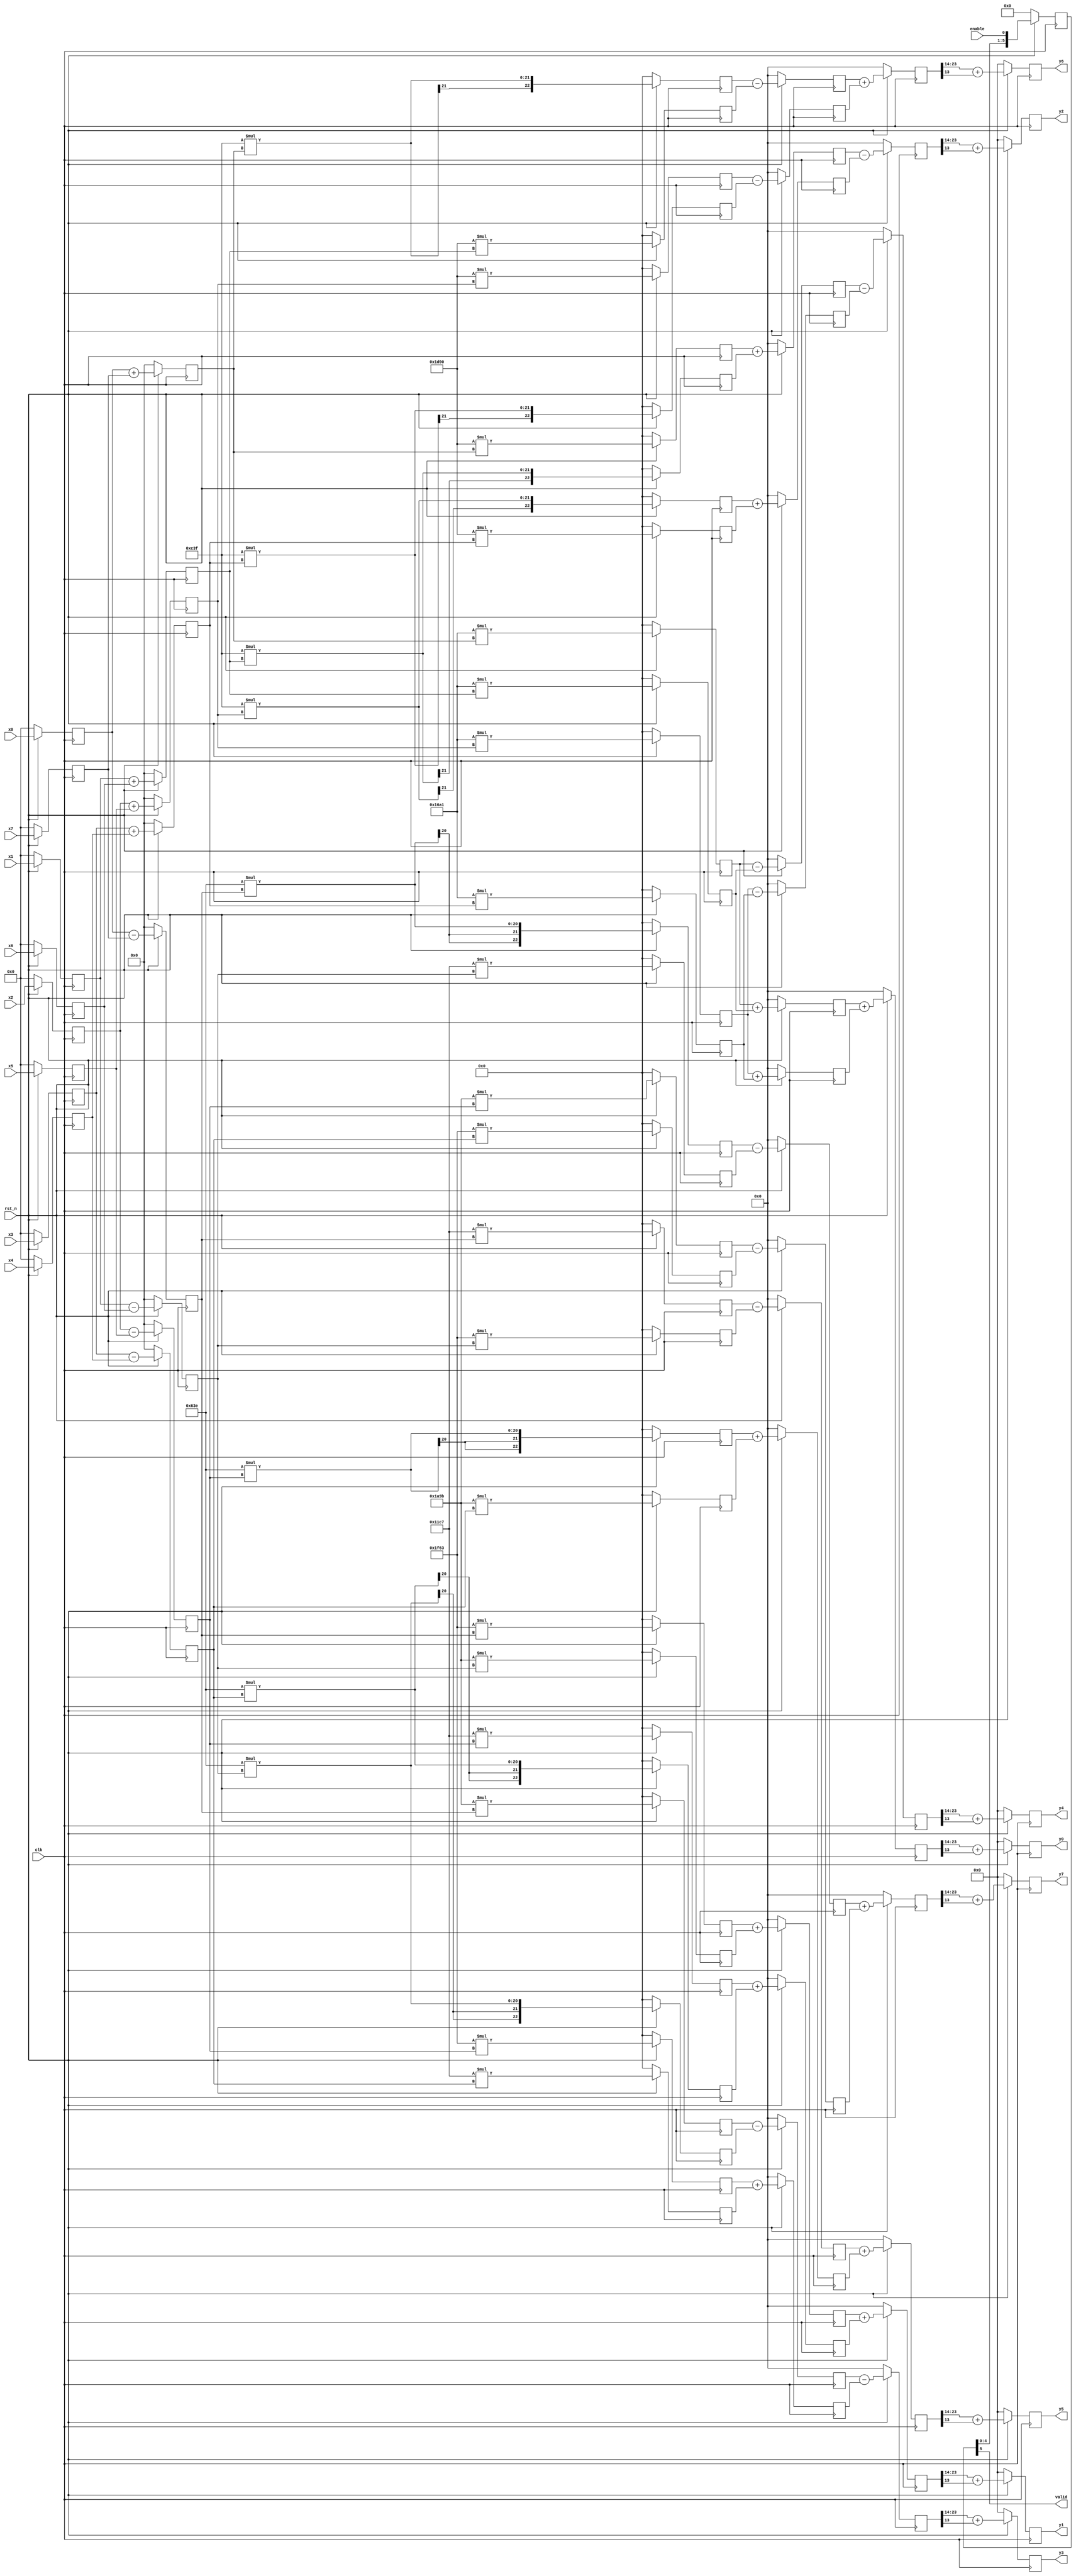
module dct_1d_8to10(
    input clk,
    input rst_n,
    input enable,
    input signed [8-1:0] x0,
    input signed [8-1:0] x1,
    input signed [8-1:0] x2,
    input signed [8-1:0] x3,
    input signed [8-1:0] x4,
    input signed [8-1:0] x5,
    input signed [8-1:0] x6,
    input signed [8-1:0] x7,

    output reg [10-1:0] y0,
    output reg [10-1:0] y1,
    output reg [10-1:0] y2,
    output reg [10-1:0] y3,
    output reg [10-1:0] y4,
    output reg [10-1:0] y5,
    output reg [10-1:0] y6,
    output reg [10-1:0] y7,
    output valid
);

reg signed [8-1:0] x0_ff, x1_ff, x2_ff, x3_ff, x4_ff, x5_ff, x6_ff, x7_ff;
reg signed [22:0] Ax0, Ax1, Ax2, Ax3, Bx0, Bx1, Bx2, Bx3, Cx0, Cx1, Cx2, Cx3, Dx4, Dx5, Dx6, Dx7, Ex4, Ex5, Ex6, Ex7, Fx4, Fx5, Fx6, Fx7, Gx4, Gx5, Gx6, Gx7;
reg signed [22:0] Ax0_ff, Ax1_ff, Ax2_ff, Ax3_ff, Bx0_ff, Bx1_ff, Bx2_ff, Bx3_ff, Cx0_ff, Cx1_ff, Cx2_ff, Cx3_ff, Dx4_ff, Dx5_ff, Dx6_ff, Dx7_ff, Ex4_ff, Ex5_ff, Ex6_ff, Ex7_ff, Fx4_ff, Fx5_ff, Fx6_ff, Fx7_ff, Gx4_ff, Gx5_ff, Gx6_ff, Gx7_ff;
reg signed [9-1:0] x_0, x_1, x_2, x_3, x_4, x_5, x_6, x_7;
reg signed [9-1:0] x_0_ff, x_1_ff, x_2_ff, x_3_ff, x_4_ff, x_5_ff, x_6_ff, x_7_ff;

reg signed [10-1:0] y0_next, y1_next, y2_next, y3_next, y4_next, y5_next, y6_next, y7_next;
reg [23:0] y0_pre, y1_pre, y2_pre, y3_pre, y4_pre, y5_pre, y6_pre, y7_pre;
reg [23:0] y0_pre_ff, y1_pre_ff, y2_pre_ff, y3_pre_ff, y4_pre_ff, y5_pre_ff, y6_pre_ff, y7_pre_ff;

reg [23:0] Ax0pAx1, Ax2pAx3, Bx0pCx1, Cx2pBx3, Ax0mAx1 , Ax2mAx3, Cx0mBx1, Bx2mCx3, Dx4pEx5, Fx6pGx7, Ex4mGx5, Dx6pFx7, Fx4mDx5, Gx6pEx7, Gx4mFx5, Ex6mDx7;
reg [23:0] Ax0pAx1_ff, Ax2pAx3_ff, Bx0pCx1_ff, Cx2pBx3_ff, Ax0mAx1_ff, Ax2mAx3_ff, Cx0mBx1_ff, Bx2mCx3_ff, Dx4pEx5_ff, Fx6pGx7_ff, Ex4mGx5_ff, Dx6pFx7_ff, Fx4mDx5_ff, Gx6pEx7_ff, Gx4mFx5_ff, Ex6mDx7_ff;

parameter A = 5793; //13bit * 9 bit
parameter B = 7568;
parameter C = 3135;
parameter D = 8035;
parameter E = 6811;
parameter F = 4551;
parameter G = 1598;

reg [5:0] pipeline;
always @ (posedge clk) begin
    if(!rst_n) begin
        pipeline <= 6'd0;
    end
    else begin
        pipeline <= {pipeline[4:0], enable};
    end
end

assign valid = pipeline[5];

always @(posedge clk) begin
    if(!rst_n) begin
        x0_ff <= 0; x1_ff <= 0; x2_ff <= 0; x3_ff <= 0;
        x4_ff <= 0; x5_ff <= 0; x6_ff <= 0; x7_ff <= 0;
    end
    else begin
        x0_ff <= x0; x1_ff <= x1; x2_ff <= x2; x3_ff <= x3;
        x4_ff <= x4; x5_ff <= x5; x6_ff <= x6; x7_ff <= x7;
    end
end

always @(posedge clk) begin
    if(!rst_n) begin
        x_0 <= 0;
        x_1 <= 0;
        x_2 <= 0;
        x_3 <= 0;
        x_4 <= 0;
        x_5 <= 0;
        x_6 <= 0;
        x_7 <= 0;
    end
    else begin
        x_0 <= x_0_ff;
        x_1 <= x_1_ff;
        x_2 <= x_2_ff;
        x_3 <= x_3_ff;
        x_4 <= x_4_ff;
        x_5 <= x_5_ff;
        x_6 <= x_6_ff;
        x_7 <= x_7_ff;   
    end
end

always @* begin
        x_0_ff = x0_ff + x7_ff;
        x_1_ff = x1_ff + x6_ff;
        x_2_ff = x2_ff + x5_ff;
        x_3_ff = x3_ff + x4_ff;
        x_4_ff = x0_ff - x7_ff;
        x_5_ff = x1_ff - x6_ff;
        x_6_ff = x2_ff - x5_ff;
        x_7_ff = x3_ff - x4_ff;   
end

always @(posedge clk) begin
    if(!rst_n) begin
        y0 <= 0;
        y1 <= 0;
        y2 <= 0;
        y3 <= 0;
        y4 <= 0;
        y5 <= 0;
        y6 <= 0;
        y7 <= 0;
    end
    else begin
        y0 <= y0_next;
        y1 <= y1_next;
        y2 <= y2_next;
        y3 <= y3_next;
        y4 <= y4_next;
        y5 <= y5_next;
        y6 <= y6_next;
        y7 <= y7_next;
    end
end

always @(posedge clk) begin
    if(!rst_n) begin
        Ax0 <= 0;
        Ax1 <= 0;
        Ax2 <= 0;
        Ax3 <= 0;
        Bx0 <= 0;
        Bx1 <= 0;
        Bx2 <= 0;
        Bx3 <= 0;
        Cx0 <= 0;
        Cx1 <= 0;
        Cx2 <= 0;
        Cx3 <= 0;
        Dx4 <= 0;
        Dx5 <= 0;
        Dx6 <= 0;
        Dx7 <= 0;
        Ex4 <= 0;
        Ex5 <= 0;
        Ex6 <= 0;
        Ex7 <= 0;
        Fx4 <= 0;
        Fx5 <= 0;
        Fx6 <= 0;
        Fx7 <= 0;
        Gx4 <= 0;
        Gx5 <= 0;
        Gx6 <= 0;
        Gx7 <= 0;
    end
    else begin
        Ax0 <= Ax0_ff;
        Ax1 <= Ax1_ff;
        Ax2 <= Ax2_ff;
        Ax3 <= Ax3_ff;
        Bx0 <= Bx0_ff;
        Bx1 <= Bx1_ff;
        Bx2 <= Bx2_ff;
        Bx3 <= Bx3_ff;
        Cx0 <= Cx0_ff;
        Cx1 <= Cx1_ff;
        Cx2 <= Cx2_ff;
        Cx3 <= Cx3_ff;
        Dx4 <= Dx4_ff;
        Dx5 <= Dx5_ff;
        Dx6 <= Dx6_ff;
        Dx7 <= Dx7_ff;
        Ex4 <= Ex4_ff;
        Ex5 <= Ex5_ff;
        Ex6 <= Ex6_ff;
        Ex7 <= Ex7_ff;
        Fx4 <= Fx4_ff;
        Fx5 <= Fx5_ff;
        Fx6 <= Fx6_ff;
        Fx7 <= Fx7_ff;
        Gx4 <= Gx4_ff;
        Gx5 <= Gx5_ff;
        Gx6 <= Gx6_ff;
        Gx7 <= Gx7_ff;
    end
end
always @* begin
    Ax0_ff = A*x_0;
    Ax1_ff = A*x_1;
    Ax2_ff = A*x_2;
    Ax3_ff = A*x_3;
    Bx0_ff = B*x_0;
    Bx1_ff = B*x_1;
    Bx2_ff = B*x_2;
    Bx3_ff = B*x_3;
    Cx0_ff = C*x_0;
    Cx1_ff = C*x_1;
    Cx2_ff = C*x_2;
    Cx3_ff = C*x_3;
    Dx4_ff = D*x_4;
    Dx5_ff = D*x_5;
    Dx6_ff = D*x_6;
    Dx7_ff = D*x_7;
    Ex4_ff = E*x_4;
    Ex5_ff = E*x_5;
    Ex6_ff = E*x_6;
    Ex7_ff = E*x_7;
    Fx4_ff = F*x_4;
    Fx5_ff = F*x_5;
    Fx6_ff = F*x_6;
    Fx7_ff = F*x_7;
    Gx4_ff = G*x_4;
    Gx5_ff = G*x_5;
    Gx6_ff = G*x_6;
    Gx7_ff = G*x_7;
end

always @(posedge clk) begin
    if(!rst_n) begin
        Ax0pAx1 <= 0;
        Ax2pAx3 <= 0;
        Bx0pCx1 <= 0;
        Cx2pBx3 <= 0;
        Ax0mAx1 <= 0;
        Ax2mAx3 <= 0;
        Cx0mBx1 <= 0;
        Bx2mCx3 <= 0;
        Dx4pEx5 <= 0;
        Fx6pGx7 <= 0;
        Ex4mGx5 <= 0;
        Dx6pFx7 <= 0;
        Fx4mDx5 <= 0;
        Gx6pEx7 <= 0;
        Gx4mFx5 <= 0;
        Ex6mDx7 <= 0;
    end
    else begin
        Ax0pAx1 <= Ax0pAx1_ff;
        Ax2pAx3 <= Ax2pAx3_ff;
        Bx0pCx1 <= Bx0pCx1_ff;
        Cx2pBx3 <= Cx2pBx3_ff;
        Ax0mAx1 <= Ax0mAx1_ff;
        Ax2mAx3 <= Ax2mAx3_ff;
        Cx0mBx1 <= Cx0mBx1_ff;
        Bx2mCx3 <= Bx2mCx3_ff;
        Dx4pEx5 <= Dx4pEx5_ff;
        Fx6pGx7 <= Fx6pGx7_ff;
        Ex4mGx5 <= Ex4mGx5_ff;
        Dx6pFx7 <= Dx6pFx7_ff;
        Fx4mDx5 <= Fx4mDx5_ff;
        Gx6pEx7 <= Gx6pEx7_ff;
        Gx4mFx5 <= Gx4mFx5_ff;
        Ex6mDx7 <= Ex6mDx7_ff;
    end
end

always @* begin
    Ax0pAx1_ff = Ax0 + Ax1;
    Ax2pAx3_ff = Ax2 + Ax3;
    Bx0pCx1_ff = Bx0 + Cx1;
    Cx2pBx3_ff = Cx2 + Bx3;
    Ax0mAx1_ff = Ax0 - Ax1;
    Ax2mAx3_ff = Ax2 - Ax3;
    Cx0mBx1_ff = Cx0 - Bx1;
    Bx2mCx3_ff = Bx2 - Cx3;
    Dx4pEx5_ff = Dx4 + Ex5;
    Fx6pGx7_ff = Fx6 + Gx7;
    Ex4mGx5_ff = Ex4 - Gx5;
    Dx6pFx7_ff = Dx6 + Fx7;
    Fx4mDx5_ff = Fx4 - Dx5;
    Gx6pEx7_ff = Gx6 + Ex7;
    Gx4mFx5_ff = Gx4 - Fx5;
    Ex6mDx7_ff = Ex6 - Dx7;
end

always @(posedge clk) begin
    if(!rst_n) begin
        y0_pre <= 0;
        y1_pre <= 0;
        y2_pre <= 0;
        y3_pre <= 0;
        y4_pre <= 0;
        y5_pre <= 0;
        y6_pre <= 0;
        y7_pre <= 0;
    end
    else begin
        y0_pre <= y0_pre_ff;
        y1_pre <= y1_pre_ff;
        y2_pre <= y2_pre_ff;
        y3_pre <= y3_pre_ff;
        y4_pre <= y4_pre_ff;
        y5_pre <= y5_pre_ff;
        y6_pre <= y6_pre_ff;
        y7_pre <= y7_pre_ff;
    end
end
always @* begin
        y0_pre_ff = Ax0pAx1 + Ax2pAx3;
        y2_pre_ff = Bx0pCx1 - Cx2pBx3;
        y4_pre_ff = Ax0mAx1 - Ax2mAx3;
        y6_pre_ff = Cx0mBx1 + Bx2mCx3;
        y1_pre_ff = Dx4pEx5 + Fx6pGx7;
        y3_pre_ff = Ex4mGx5 - Dx6pFx7;
        y5_pre_ff = Fx4mDx5 + Gx6pEx7;
        y7_pre_ff = Gx4mFx5 + Ex6mDx7;
end
always @* begin
    y0_next = y0_pre[23:14] + y0_pre[13];
    y1_next = y1_pre[23:14] + y1_pre[13];
    y2_next = y2_pre[23:14] + y2_pre[13];
    y3_next = y3_pre[23:14] + y3_pre[13];
    y4_next = y4_pre[23:14] + y4_pre[13];
    y5_next = y5_pre[23:14] + y5_pre[13];
    y6_next = y6_pre[23:14] + y6_pre[13];
    y7_next = y7_pre[23:14] + y7_pre[13];
end
endmodule